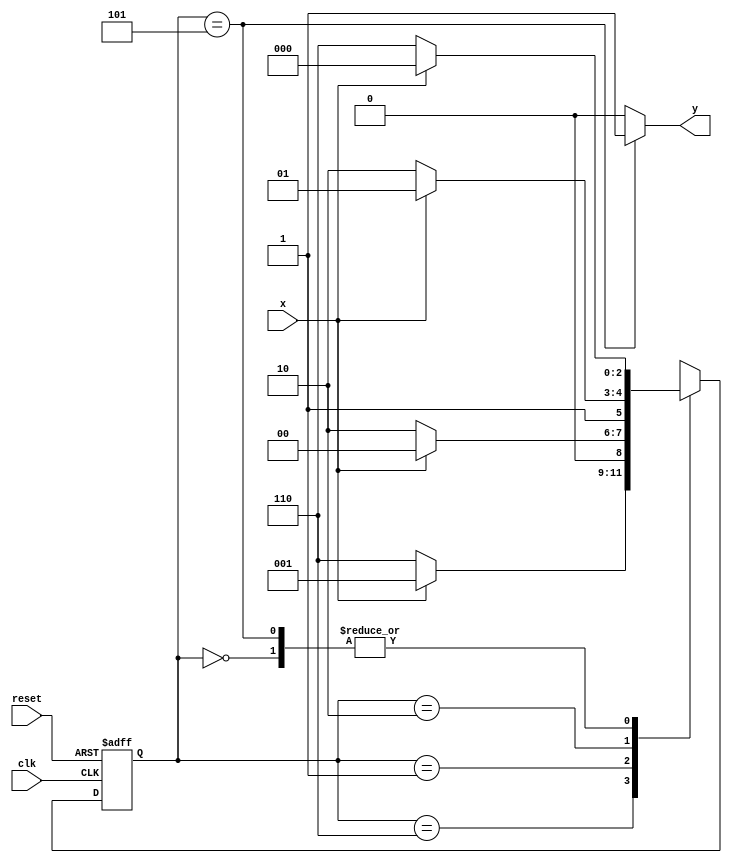
//Nome: Raphaela Fernanda Silva

`define found    1
`define notfound 0

module  ex02_seq0110_moore (y,x,clk, reset);

output y;
input  x;
input  clk;
input  reset;

reg    y;

parameter   
	start  = 3'b000,
	id0    = 3'b110,
	id01   = 3'b001,
	id011  = 3'b010,
	id0110 = 3'b101; 

reg [2:0] E1;
reg [2:0] E2;
	
	always @( x or E1 )
	begin
	y = `notfound;
		
		case( E1 )
		start:
			if ( x )
				E2 = start;
			else
				E2 = id0;
			
			id0:
				if ( x )
					E2 = id01;
				else
					E2 = id0;
			
			id01:
				if ( x )
					E2 = start;
				else
					E2 = id011;
			
			id011:
				if ( x )
					E2 = id0110;
				else
					E2 = id0;
			
			id0110:
			if ( x )
				begin
			 		E2 = start;
					y = `found;
				end
			else
				begin
					E2 = id0;
					y = `found;
				end
			
			default:  
				E2 = 3'bxxx;
				
endcase
end 
		always @( posedge clk or negedge reset )
		begin
			if ( reset )
				E1 = E2;   
			else
				E1 = 0;     
end 

endmodule 

module Ex02;
	
	reg   clk, reset, x;
	wire  m1;

 	ex02_seq0110_moore M1 (m1,x,clk,reset);

initial
begin
		
		$display("Exercicio02 - Guia10");
		$display("\ntime\tx   seq 0110" );

       clk   = 1;
       reset = 0;
       x     = 0;

		#10   reset = 1;
		#10  x = 1;
		#10  x = 0;
		#10  x = 0;
		#10  x = 1;
		#10  x = 0;
		#10  x = 1;
		#10  x = 1;
		#10  x = 1;
		#10  x = 1;
		#10  x = 0;
		#10  x = 1;
		#10  x = 1;
		#10  x = 1;
		#10  x = 0;
		#10  x = 1;
		#10  x = 0;
		#10  x = 0;
		#10  x = 0;
		
		#5 $finish;
	
end 

	always
		#5 clk = ~clk;

	always @( posedge clk )
	begin
			$display ( "%4d \t%b\t%b", $time, x, m1);
	end 
	
endmodule